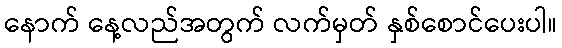
နောက် နေ့လည်အတွက် လက်မှတ် နှစ်စောင်ပေးပါ။